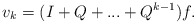
\begin{align*}v_{k}=(I+Q+...+Q^{k-1})f. \end{align*}